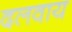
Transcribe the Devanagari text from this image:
दलवाय